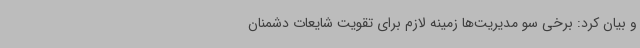
و بیان کرد: برخی سو مدیریت‌ها زمینه لازم برای تقویت شایعات دشمنان